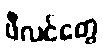
ဖီလင်တွေ